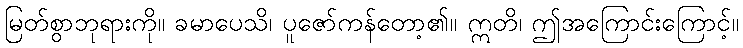
မြတ်စွာဘုရားကို။ ခမာပေသိ၊ ပူဇော်ကန်တော့၏။ ဣတိ၊ ဤအကြောင်းကြောင့်။